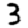
Digit: 3